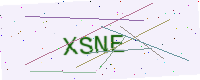
Text: XSNE